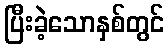
ပြီးခဲ့သောနှစ်တွင်